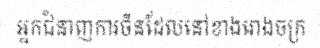
អ្នកជំនាញការចិនដែលនៅខាងរោងចក្រ